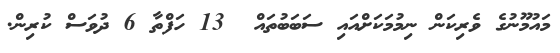
މައުމޫނުގެ ވެރިކަން ނިމުމަކަށްއައި ސަބަބުތައް  13 ހަފްތާ 6 ދުވަސް ކުރިން.